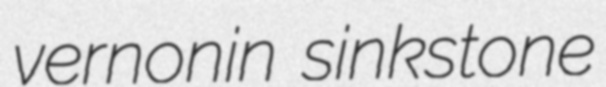
vernonin sinkstone